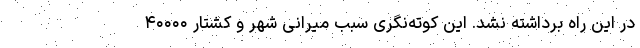
در این راه برداشته نشد. این کوته‌نگری سبب میرانی شهر و کشتار ۴۰۰۰۰